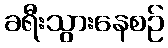
ခရီးသွားနေစဉ်